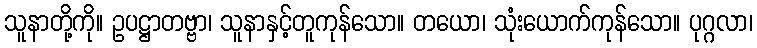
သူနာတို့ကို။ ဥပဋ္ဌာတဗ္ဗာ၊ သူနာနှင့်တူကုန်သော။ တယော၊ သုံးယောက်ကုန်သော။ ပုဂ္ဂလာ၊